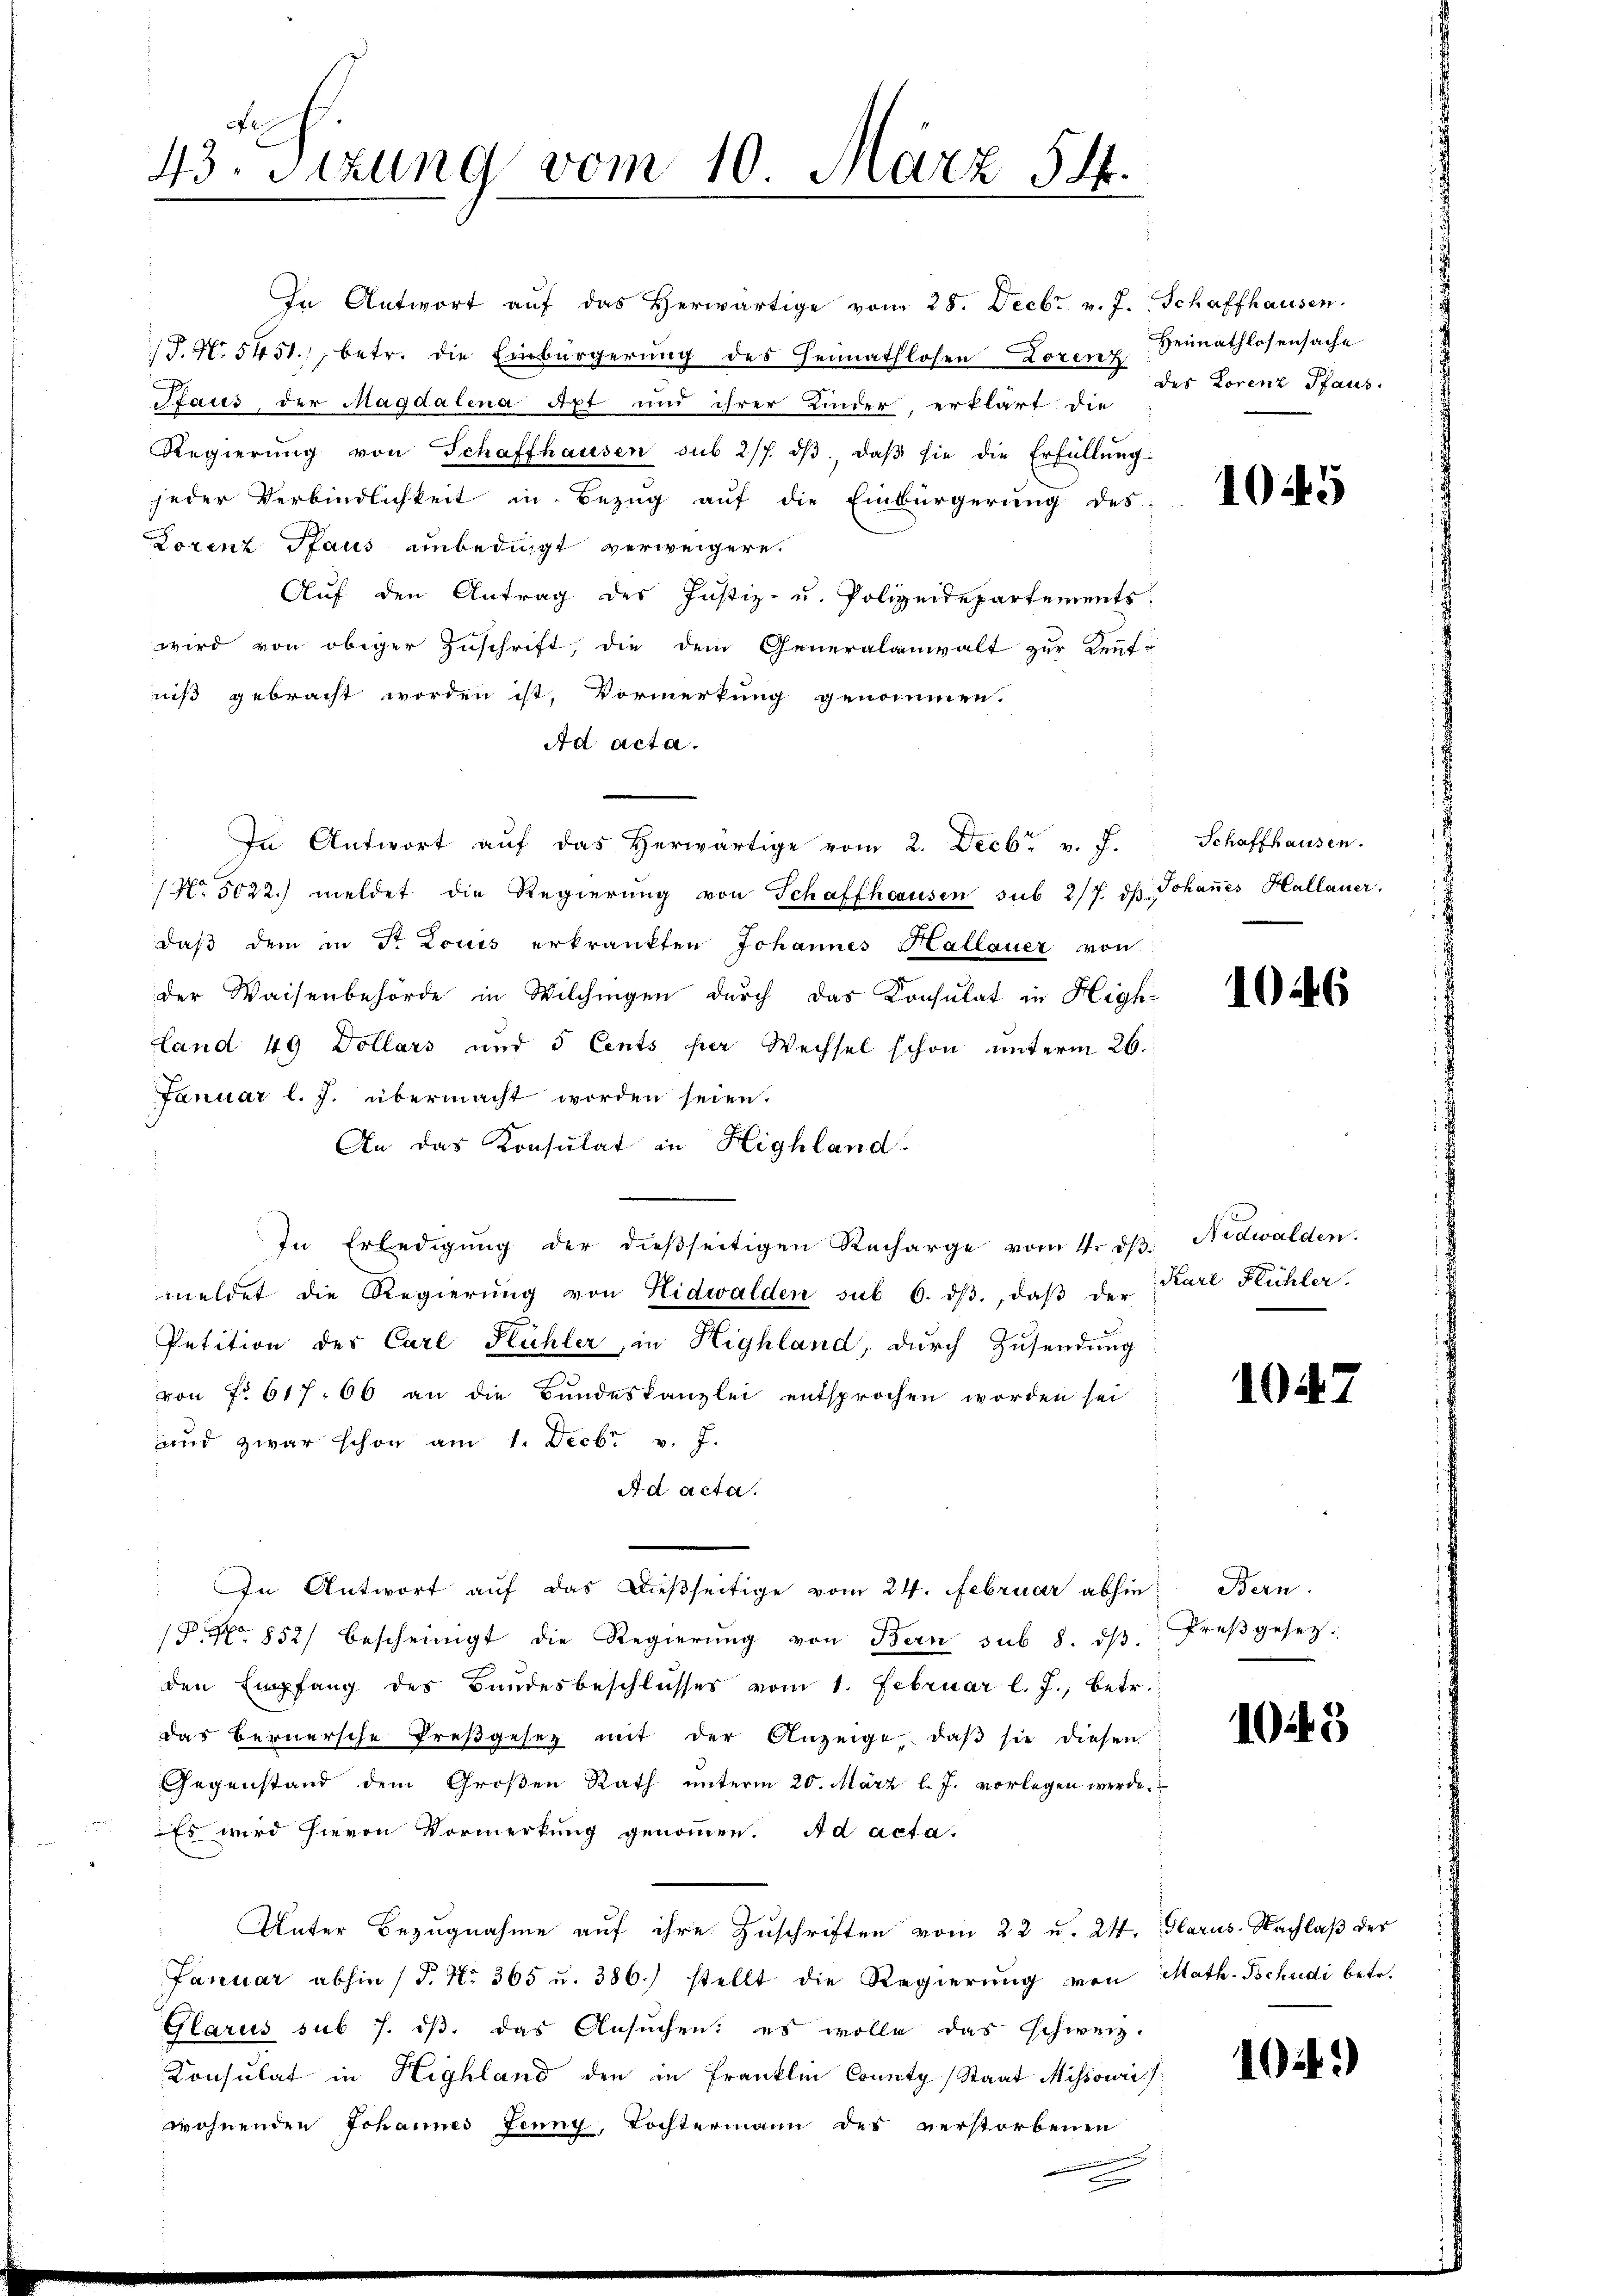
N I
43. Sitzung vom 10. März 544.

In Antwort aŭf das herwärtige vom 28. Decbr v. J. Schaffhausen.
J. N. 5451), betr. die Einbürgerung des Heimathlosen Lorenz
Staus, der Magdalena dpt und ihrer Kinder, erklärt die
Regierŭng von Schaffhausen sub 2/7. dβ, daβ sie die Erfüllŭng
jeder Verbindlichkeit in Bezug auf die Einbürgerung des
Lorenz Paus unbedingt verweigere.
Auf den Antrag des Justiz- u. Polizeidepartements,
wird von obiger Zuschrift, die dem Generalanwalt zur Kennt-
niß gebracht worden ist, Vormerkung genommen.
Ad acta.
In Antwort aŭf das herwärtige vom 2. Decbr. v. J.
No. 5022. meldet die Regierŭng von Schaffhausen sub 2/7. dh. Johaṅes Hallauer.
daβ dem in Fr. Louis erkrankten Johannes Hallauer von
der Waisenbehörde in Wilchingen durch das Konsulat in Highland 49 Dollars und 5 Cents per Wechsel schon unterm 26.
Januar l. J. übermacht worden seien.
An das Konsulat in Highland.
In Erledigŭng der dieβseitigen Recharge vom 4. dβ. Nidwalden.
meldet die Regierŭng von Nidwalden sub 6. dβ., daβ der
Petition der Carl Flühler, in Highland, durch Zusendung
von No 617. 66 an die Bundeskanzlei entsprochen worden sei
und zwar schon am 1. Decbr v. J.
Ad acta.
In Antwort auf das dießseitige vom 24. Februar abhin: Bern
P. Nr. 852) bescheinigt die Regierŭng von Bern sub 8. dβ. Freβgesetz-
den Empfang des Bundesbeschlusses vom 1. Februar l. J., betr.
das Bernersche Preßgesetz mit der Anzeige, daß sie diesen
Gegenstand dem Großen Rath unterm 20. März l. J. vorlegen werde.
Es wird hievon Vormerkung genommen. Ad acta.
Unter Bezugnahme auf ihre Zuschriften vom 22 u. 24. Glarus. Nachlaß der
Januar abhin (S. Nr. 365 u. 386.) stellt die Regierung von Math. Schudi betr.
Glarus sub 7. dβ das Ansŭchen: es wolle das schweiz.
Consulat in Highland den in Franklin County, Staat Missowi
wohnenden Johannes Jenny, Tochtermann des verstorbenen
e

Heimathlosensache
des Lorenz Pfaus.

1045

Schaffhausen.

1046

Karl Flühler.

1047

1045

i.)